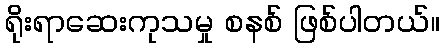
ရိုးရာဆေးကုသမှု စနစ် ဖြစ်ပါတယ်။